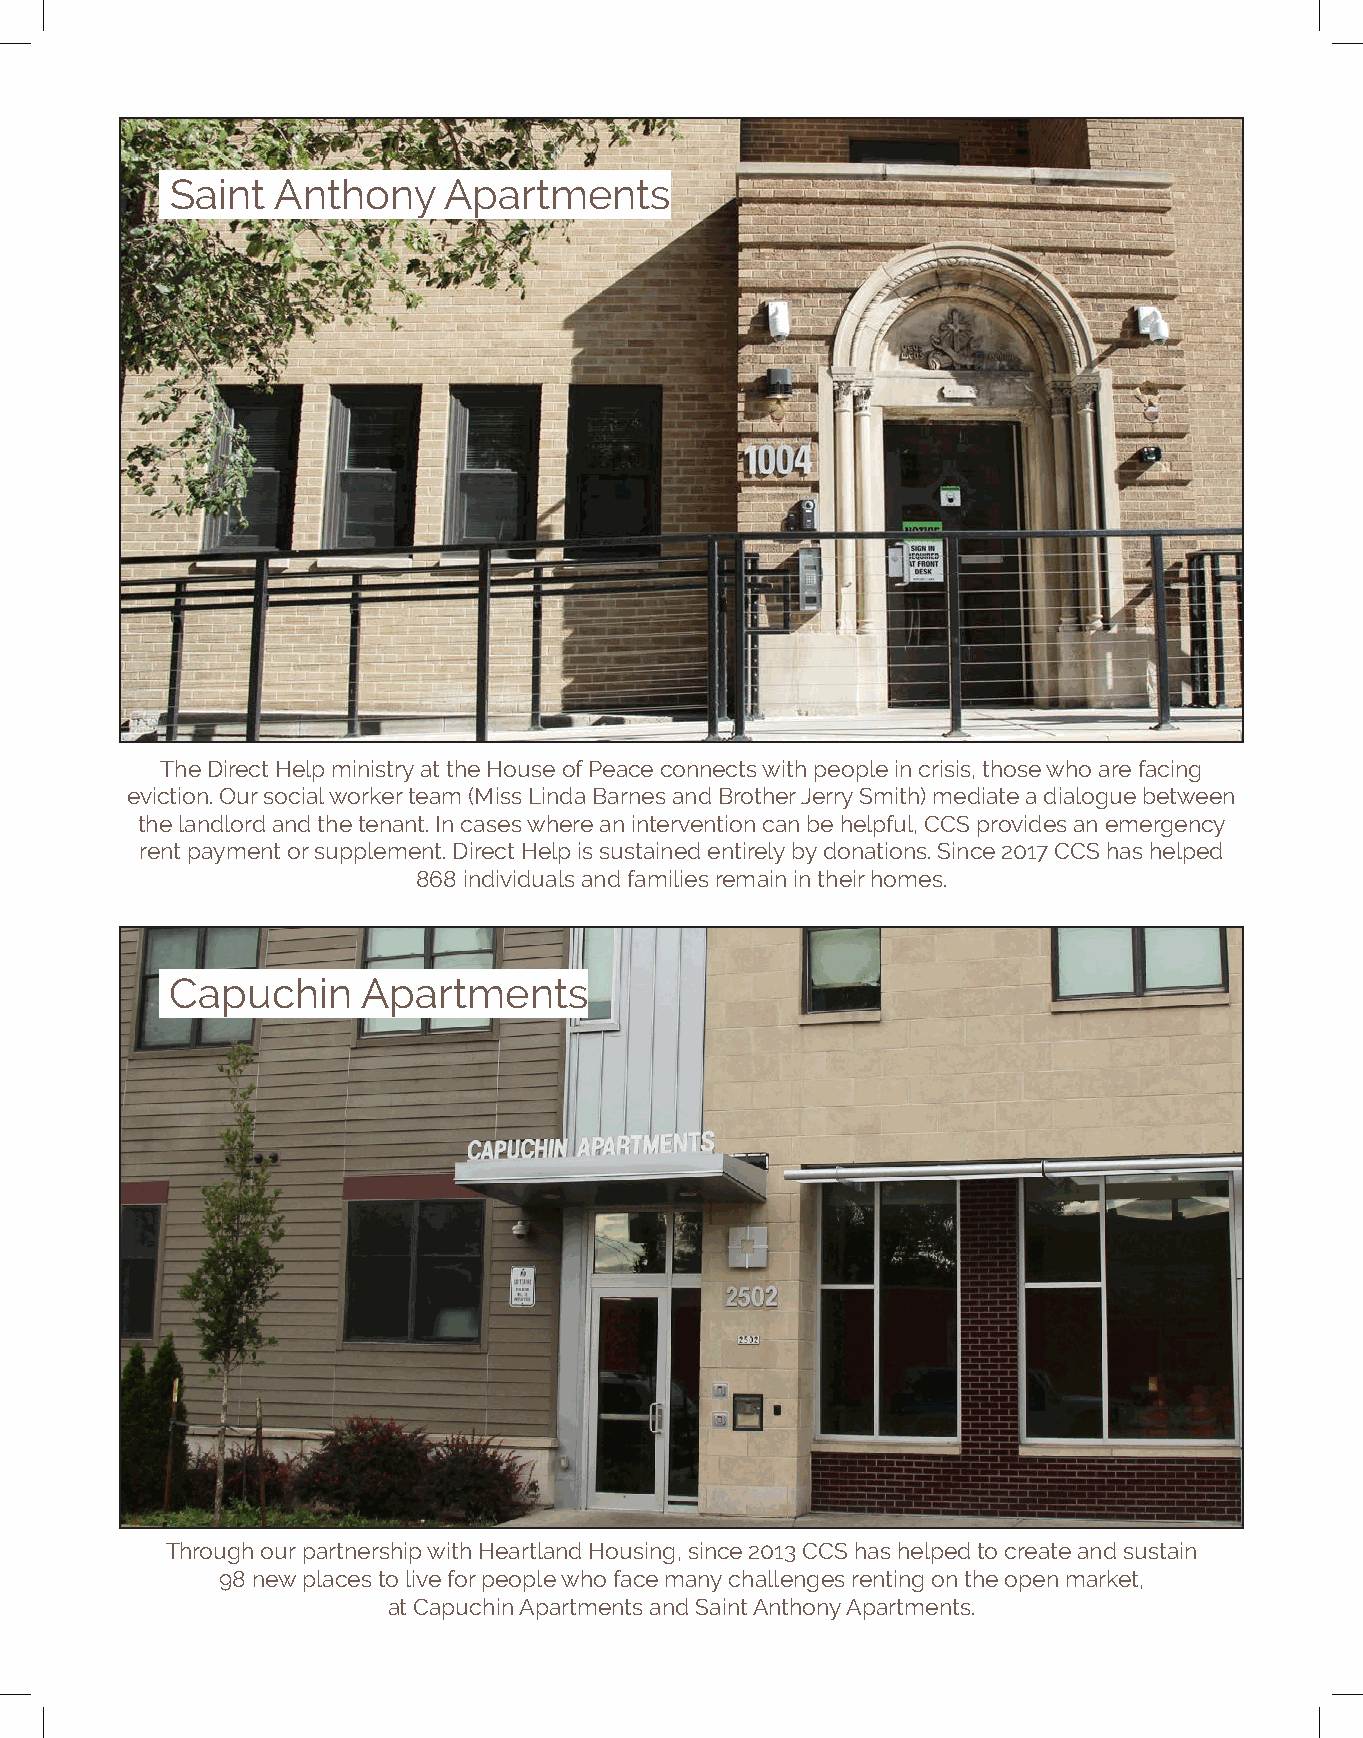
Saint  Anthony    Apartments
 The Direct Help ministry at the House of Peace connects with people in crisis, those who are facing
 eviction. Our social worker team (Miss Linda Barnes and Brother Jerry Smith) mediate a dialogue between
 the landlord and the tenant. In cases where an intervention can be helpful, CCS provides an emergency
 rent payment or supplement. Direct Help is sustained entirely by donations. Since 2017 CCS has helped
 868 individuals and families remain in their homes.
 Capuchin     Apartments
 Through our partnership with Heartland Housing, since 2013 CCS has helped to create and sustain
 98 new places to live for people who face many challenges renting on the open market,
 at Capuchin Apartments and Saint Anthony Apartments.